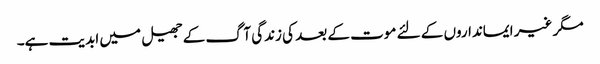
مگر غیر ایمانداروں کے لئے موت کے بعد کی زندگی آگ کے جھیل میں ابدیت ہے۔